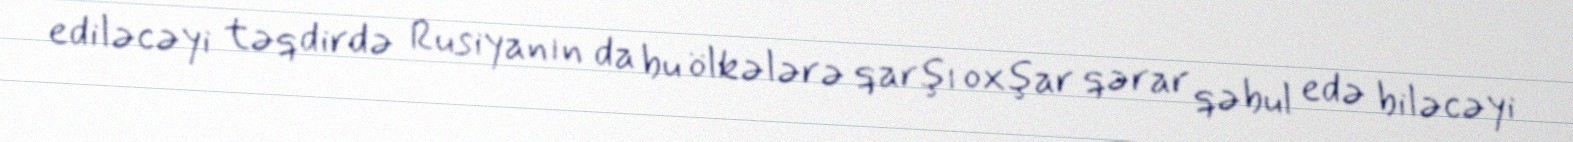
ediləcəyi təqdirdə Rusiyanın da bu ölkələrə qarşı oxşar qərar qəbul edə biləcəyi